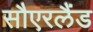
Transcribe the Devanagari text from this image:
सौएरलैंड